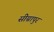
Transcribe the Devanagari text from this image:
सीग्नापुर